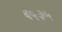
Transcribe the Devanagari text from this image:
६५३५